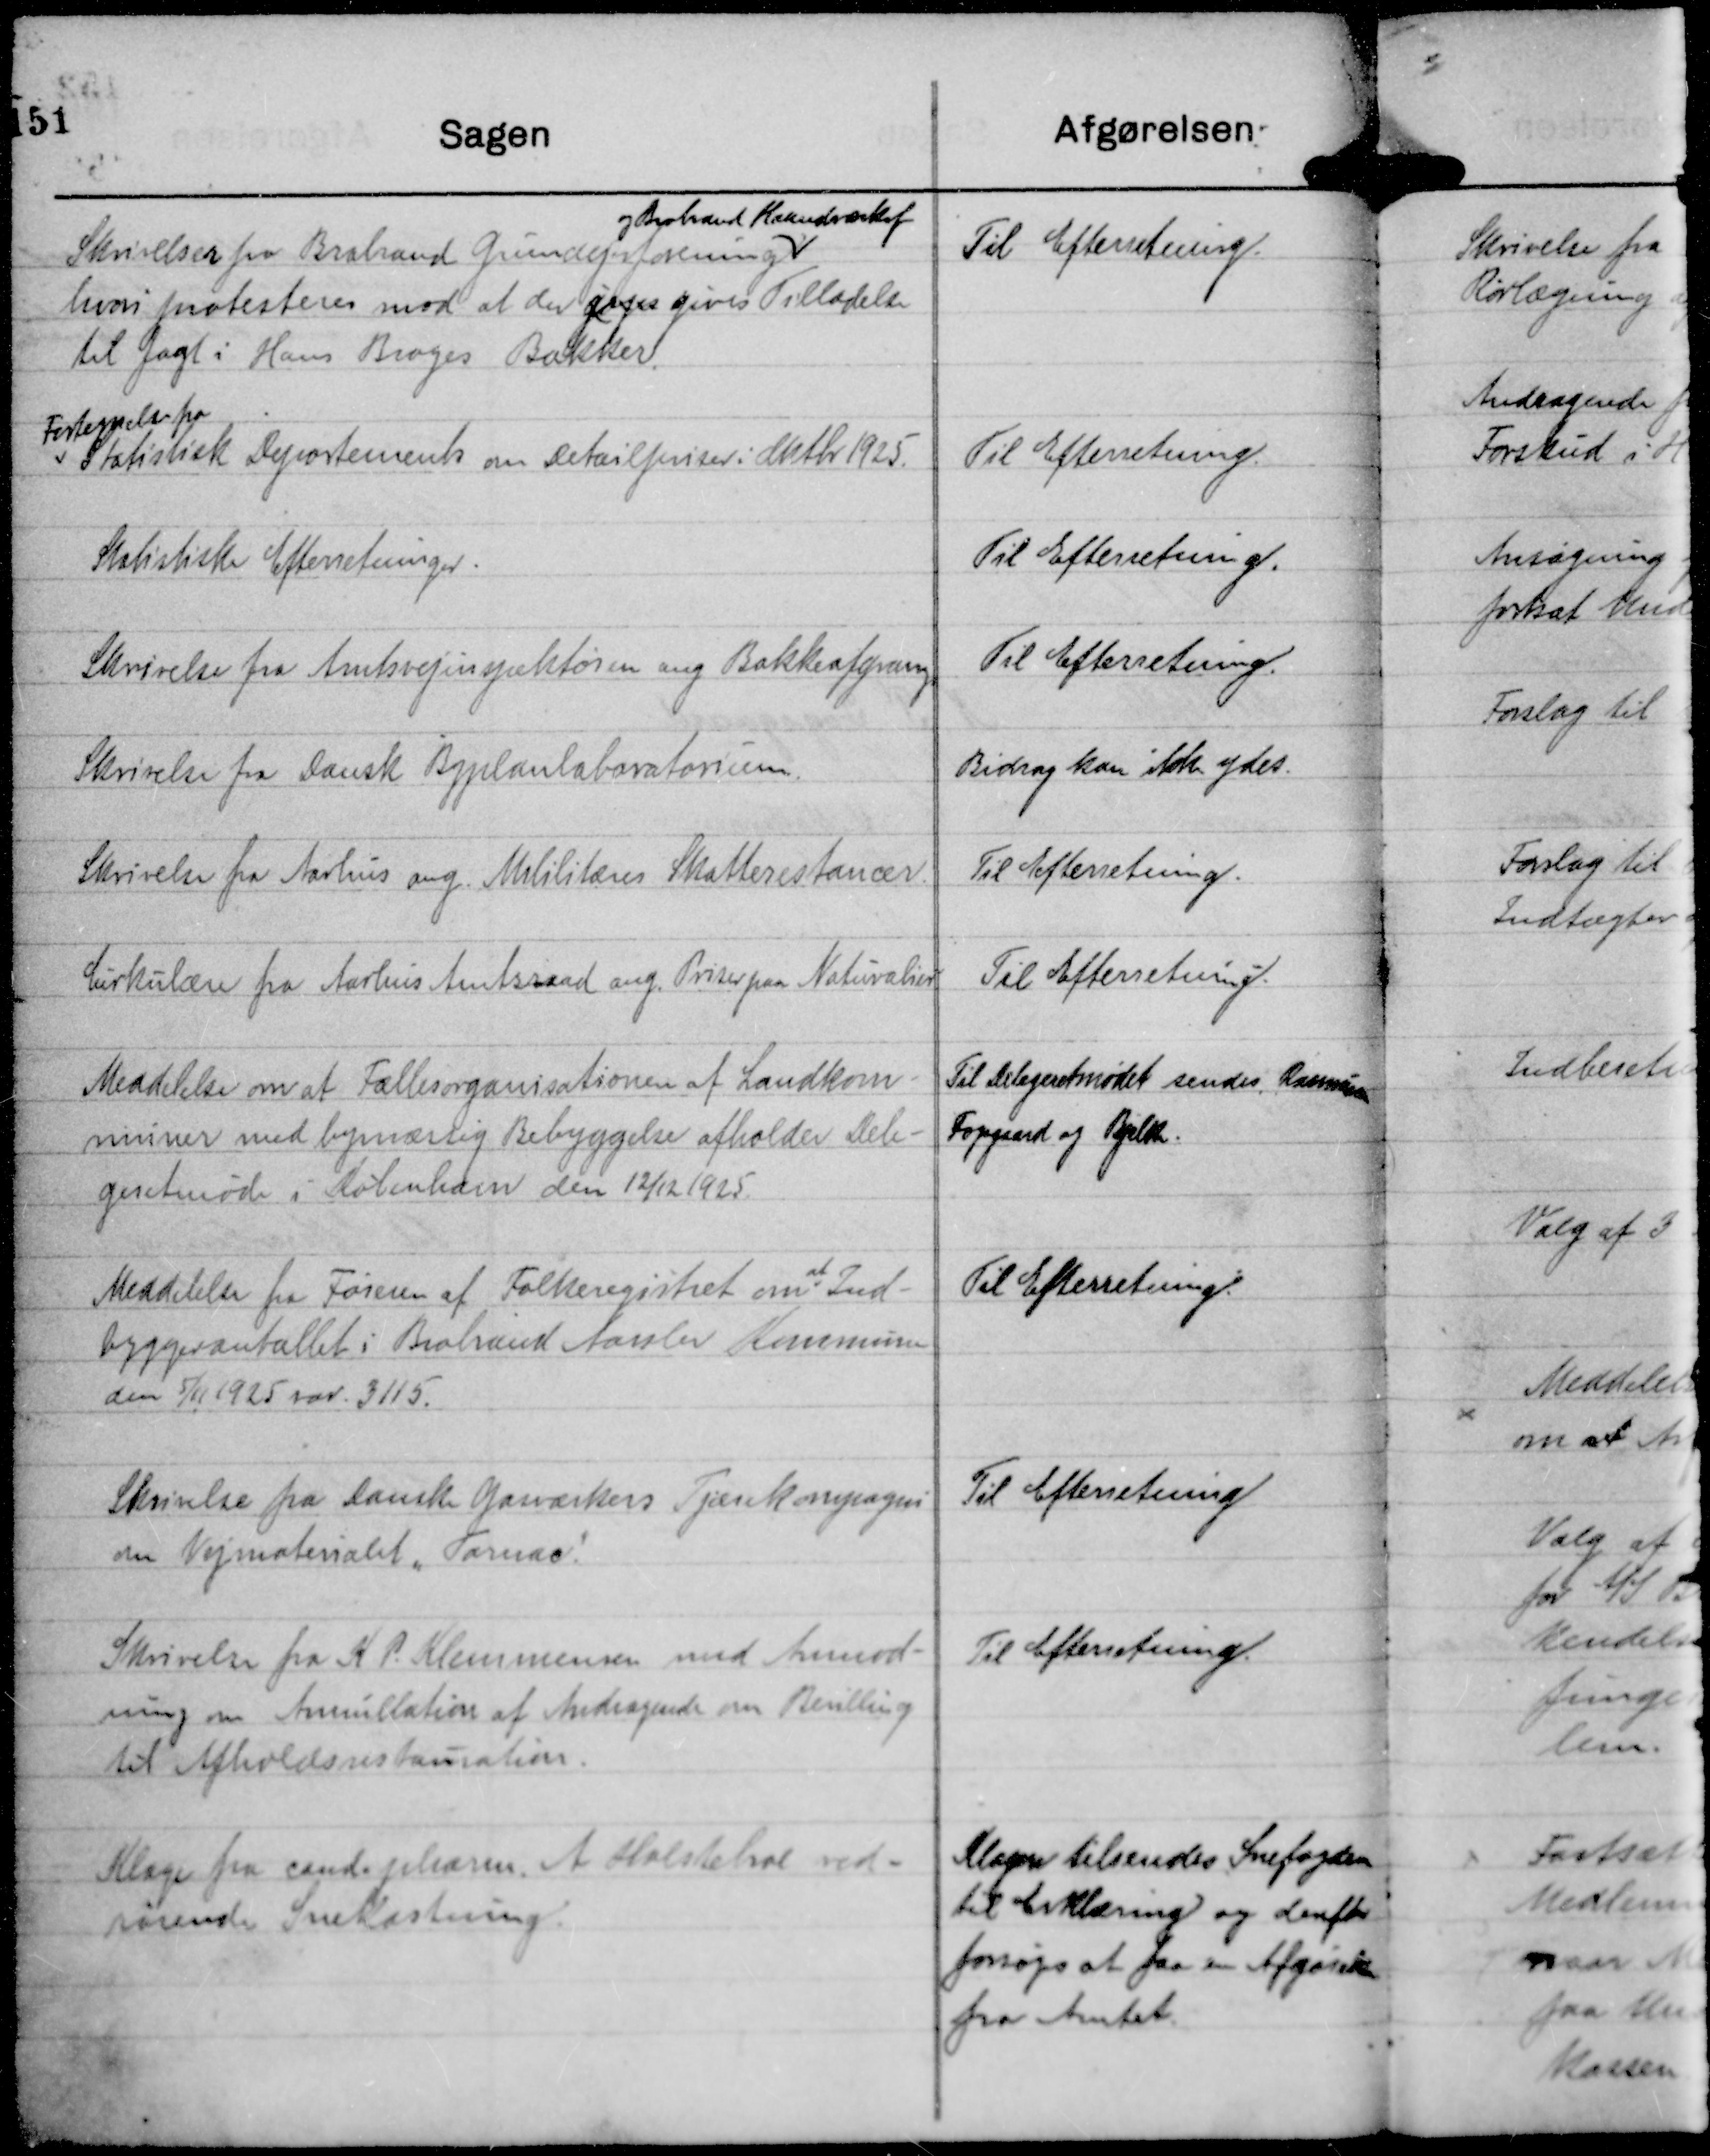
Transskription:
Skrivelser fra Brabrand Grundejerforening
og Brabrand Haandværkerf
hvori protesteres mod at der gijes gives Tilladelse
til Jagt i Hans Broges Bakker.

Til Efterretning.

Fortegnelse fra
Statistisk Deportements om Detailpriser i Oktbr 1925.

Til Efterretning.

Statistiske Efterretninger.

Til Efterretning.

Skrivelse fra Amtsvejinspektøren ang Bakkeafgræsng.

Til Efterretning.

Skrivelse fra Dansk Byplanlaboratorium.

Bidrag kan ikke ydes.

Skrivelse fra Aarhus ang. Mililitæres Skatterestancer.

Til Efterretning.

Cirkulære fra Aarhus Amtsraad ang. Priser paa Naturalier.

Til Efterretning.

Meddelelse om at Fællesorganisationen af Landkom-
muner med bymæssig Bebyggelse afholder Dele-
geretmøde i København den 12/12 1925.

Til Delegeretmødet sendes Rasmussen
Fogsgaad og Bjelke.

Meddelelse fra Føreren af Fællesregistret om
at
Ind-
byggertallet i Brabrand Aarslev Kommune
den 5/11 1925 var . 3115.

Til Efterretning.

Skrivelse fra Danske Gasværkers Tjærekompagni
om Vejmaterialet "Tornac"

Til Efterretning

Skrivelse fra K P. Klemmensen med Anmod-
ning om Annullation af Andragende om Bevilling
til Afholdsrestauration.

Til Efterretning.

Klage fra cand. pharm. A Holstebroe ved-
rørende Snekastning.

Klagen tilsendes Snefogden
til Erklæring og derefter
forsøges at faa en Afgørelse
fra Amtet.